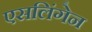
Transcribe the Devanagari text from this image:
एसलिंगेन